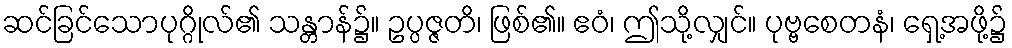
ဆင်ခြင်သောပုဂ္ဂိုလ်၏ သန္တာန်၌။ ဥပ္ပဇ္ဇတိ၊ ဖြစ်၏။ ဧဝံ၊ ဤသို့လျှင်။ ပုဗ္ဗစေတနံ၊ ရှေ့အဖို့၌